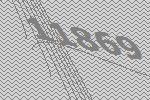
11869